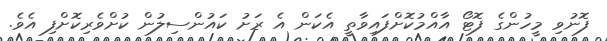
ފޮނުވި މީހުންގެ ފޮޓޯ އާއްމުކޮށްފައިވާތީ އެކަން އެ ރަށު ކައުންސިލުން ކުށްވެރިކޮށްފި އެވެ.